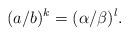
LaTeX: \begin{align*} (a/b)^k=(\alpha/\beta)^l.\end{align*}